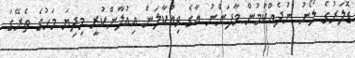
ޑޮލަރުގެ ލޯނު ނުދެއްކުމުން މާފަންނު އާގެ ވިއްކާލަން އިއުލާންކުރީ މިދިޔަ މަހުގެ ތެރޭގަ